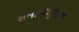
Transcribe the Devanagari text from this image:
समाजधुरीण